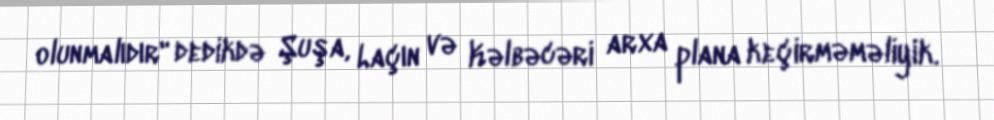
olunmalıdır" dedikdə Şuşa, Laçın və Kəlbəcəri arxa plana keçirməməliyik.